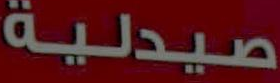
صيدلية